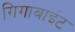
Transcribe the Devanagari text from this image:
गिगाबाईट